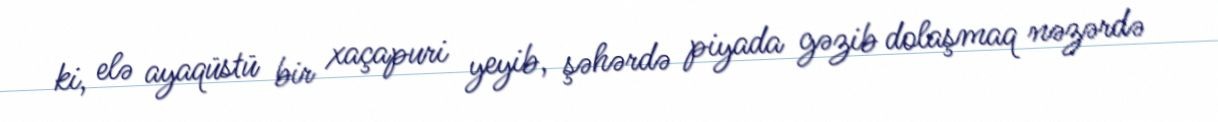
ki, elə ayaqüstü bir xaçapuri yeyib, şəhərdə piyada gəzib dolaşmaq nəzərdə